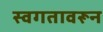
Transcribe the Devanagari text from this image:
स्वगतावरून